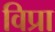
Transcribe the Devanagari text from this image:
विप्रा